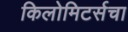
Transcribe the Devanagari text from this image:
किलोमिटर्सचा